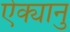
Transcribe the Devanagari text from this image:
ऐक्यानु